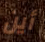
أين